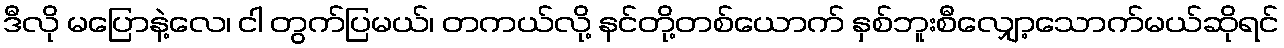
ဒီလို မပြောနဲ့လေ၊ ငါ တွက်ပြမယ်၊ တကယ်လို့ နင်တို့တစ်ယောက် နှစ်ဘူးစီလျှော့သောက်မယ်ဆိုရင်